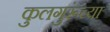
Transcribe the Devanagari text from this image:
कुलगुरूंच्या